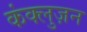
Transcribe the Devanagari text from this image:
कंक्लुज़न